Annual report of the Punjab Veterinary College and of the Civil Veterinary Department, Punjab - 1920-1925
Year: 1920
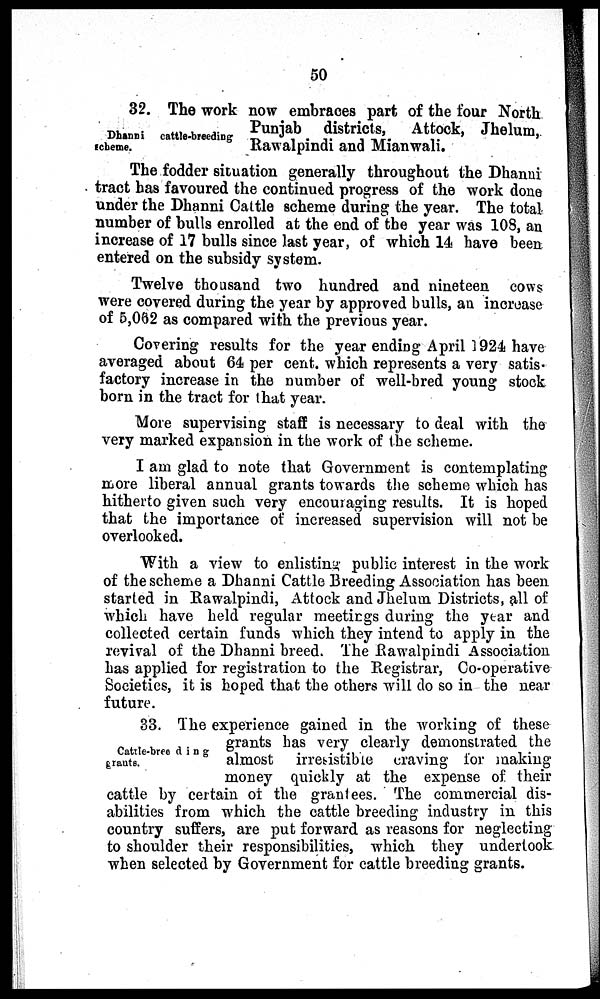
50
Dhanni
cattle-breeding
scheme.
32. The work now embraces part of the four North
Punjab districts, Attock, Jhelum,
Rawalpindi and Mianwali.
The fodder situation generally throughout the Dhanni
tract has favoured the continued progress of the work done
under the Dhanni Cattle scheme during the year. The total
number of bulls enrolled at the end of the year was 108, an
increase of 17 bulls since last year, of which 14 have been
entered on the subsidy system.
Twelve thousand two hundred and nineteen cows
were covered during the year by approved bulls, an increase
of 5,062 as compared with the previous year.
Covering results for the year ending April 1924 have
averaged about 64 per cent. which represents a very satis-
factory increase in the number of well-bred young stock
born in the tract for that year.
More supervising staff is necessary to deal with the
very marked expansion in the work of the scheme.
I am glad to note that Government is contemplating
more liberal annual grants towards the scheme which has
hitherto given such very encouraging results. It is hoped
that the importance of increased supervision will not be
overlooked.
With a view to enlisting public interest in the work
of the scheme a Dhanni Cattle Breeding Association has been
started in Rawalpindi, Attock and Jhelum Districts, all of
which have held regular meetings during the year and
collected certain funds which they intend to apply in the
revival of the Dhanni breed. The Rawalpindi Association
has applied for registration to the Registrar, Co-operative
Societies, it is hoped that the others will do so in the near
future.
Cattle-breeding
grauts.
33. The experience gained in the working of these
grants has very clearly demonstrated the
almost irresistible craving for making
money quickly at the expense of their
cattle by certain of the grantees. The commercial dis-
abilities from which the cattle breeding industry in this
country suffers, are put forward as reasons for neglecting
to shoulder their responsibilities, which they undertook
when selected by Government for cattle breeding grants.